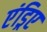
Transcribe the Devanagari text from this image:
एंड्रिए